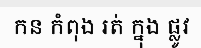
កន កំពុង រត់ ក្នុង ផ្លូវ